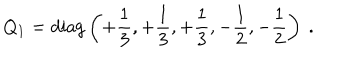
LaTeX: Q _ { 1 } = \mathrm { d i a g } \left( + { \frac { 1 } { 3 } } , + { \frac { 1 } { 3 } } , + { \frac { 1 } { 3 } } , - { \frac { 1 } { 2 } } , - { \frac { 1 } { 2 } } \right) \ .